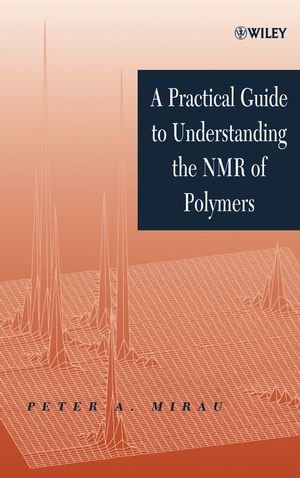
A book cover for A Practical Guide to Understanding the NMR of Polymers; Peter A. Mirau; Science & Math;